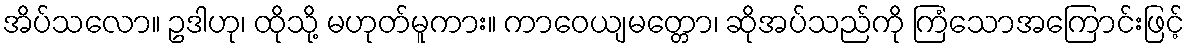
အိပ်သလော။ ဥဒါဟု၊ ထိုသို့ မဟုတ်မူကား။ ကာဝေယျမတ္တော၊ ဆိုအပ်သည်ကို ကြံသောအကြောင်းဖြင့်